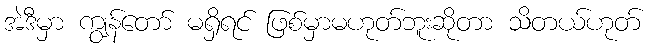
အဲဒီမှာ ကျွန်တော် မရှိရင် ဖြစ်မှာမဟုတ်ဘူးဆိုတာ သိတယ်ဟုတ်